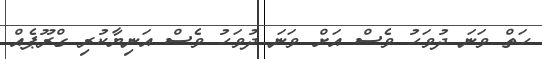
ހަތް ވަނަ ދުވަހު ވެސް އަށް ވަނަ ދުވަހު ވެސް އަނިޔާކުރި ގްރޫޕެއް